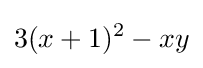
3(x+1)^{2}-xy